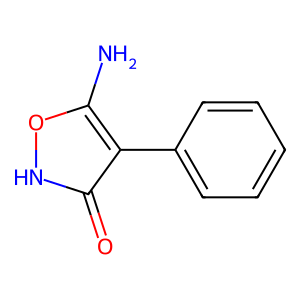
SMILES: Nc1o[nH]c(=O)c1-c1ccccc1
Inhibits HIV replication: No